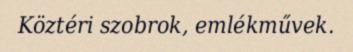
Köztéri szobrok, emlékművek.